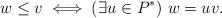
LaTeX: \begin{align*}w \le v \iff (\exists u \in P^*)\ w = uv.\end{align*}